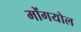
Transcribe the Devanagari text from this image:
मोंगयोल